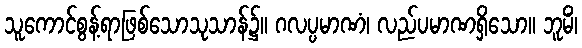
သူကောင်စွန့်ရာဖြစ်သောသုသာန်၌။ ဂလပ္ပမာဏံ၊ လည်ပမာဏရှိသော။ ဘူမိံ၊